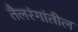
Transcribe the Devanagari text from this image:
तैलरंगांतील